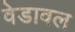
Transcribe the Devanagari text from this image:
वेडावल